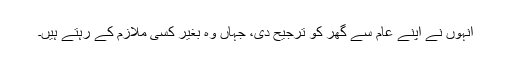
انہوں نے اپنے عام سے گھر کو ترجیح دی، جہاں وہ بغیر کسی ملازم کے رہتے ہیں۔